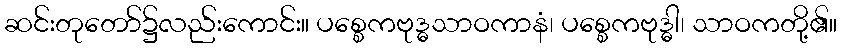
ဆင်းတုတော်၌လည်းကောင်း။ ပစ္စေကဗုဒ္ဓသာဝကာနံ၊ ပစ္စေကဗုဒ္ဓါ၊ သာဝကတို့၏။